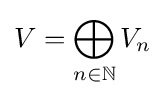
V=\bigoplus _{n\in \mathbb {N} }V_{n}